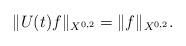
LaTeX: \begin{align*}\|U(t) f\|_{X^{0,2}} = \|f\|_{X^{0,2}}.\end{align*}